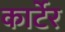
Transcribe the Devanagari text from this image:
कार्टेर